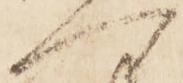
へ